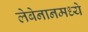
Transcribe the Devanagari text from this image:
लेबेनानमध्ये